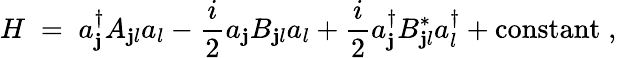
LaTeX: H\; =\; a_{\mathbf{j}}^{\dagger}A_{\mathbf{j}l}a_{l}-\frac{{i}}{{2}}a_{\mathbf{j}}B_{\mathbf{j}l}a_{l}+\frac{{i}}{{2}}a_{\mathbf{j}}^{\dagger}B_{\mathbf{j}l}^{*}a_{l}^{\dagger}+\mathrm{{constant}}\; ,